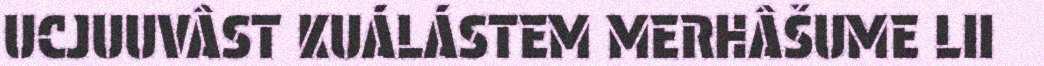
UCJUUVÂST KUÁLÁSTEM MERHÂŠUME LII